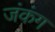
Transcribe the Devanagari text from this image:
जंकंग